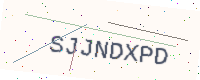
Text: SJJNDXPD